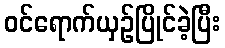
ဝင်ရောက်ယှဉ်ပြိုင်ခဲ့ပြီး